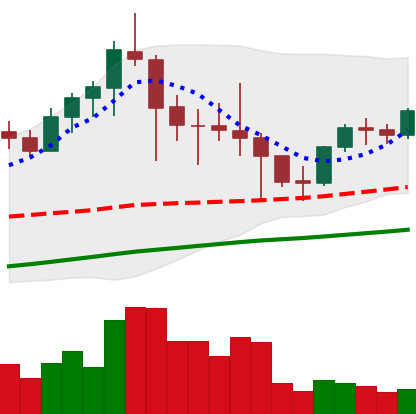
Ticker: LTC-USD
Chart end date: 2021-04-30
Forward return: 31.298%
Label: up_7plus